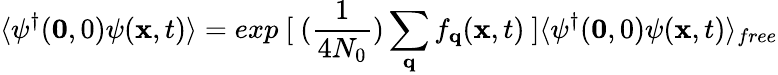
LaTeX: \langle\psi^{\dagger}({\mathbf{0}},0)\psi({\mathbf{x}},t)\rangle=exp\mathrm{~}[\mathrm{~}(\frac{1}{4N_{0}})\sum_{{\mathbf{q}}}f_{{\mathbf{q}}}({\mathbf{x}},t)\mathrm{~}]\langle\psi^{\dagger}({\mathbf{0}},0)\psi({\mathbf{x}},t)\rangle_{free}